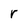
Character: r